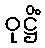
ဝုဋ္ဌိံ